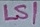
Text: LS1